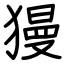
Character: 獌